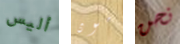
أليس مون نحن